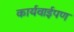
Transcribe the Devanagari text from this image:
कार्यवाईपण